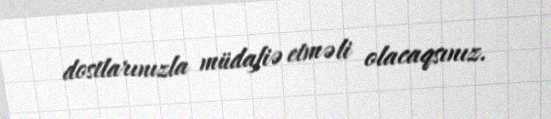
dostlarınızla müdafiə etməli olacaqsınız.